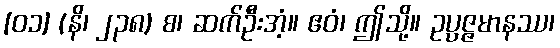
[၀၁] (နိ၊ ၂၃၈) စ၊ ဆက်ဦးအံ့။ ဧဝံ၊ ဤသို့။ ဥပ္ပဇ္ဇမာနဿ၊